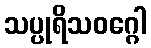
သပ္ပုရိသဝဂ္ဂေါ